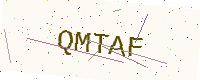
Text: QMTAF